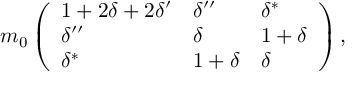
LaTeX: m _ { 0 } \left( \begin{array} { l l l } { { 1 + 2 \delta + 2 \delta ^ { \prime } } } & { { \delta ^ { \prime \prime } } } & { { \delta ^ { * } } } \\ { { \delta ^ { \prime \prime } } } & { { \delta } } & { { 1 + \delta } } \\ { { \delta ^ { * } } } & { { 1 + \delta } } & { { \delta } } \end{array} \right) ,